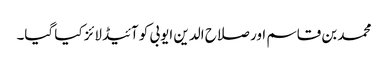
محمد بن قاسم اور صلاح الدین ایوبی کو آئیڈلائز کیا گیا۔